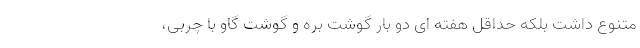
متنوع داشت بلکه حداقل هفته ای دو بار گوشت بره و گوشت گاو با چربی،